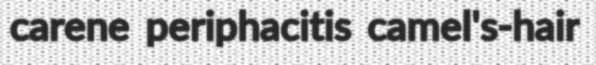
carene periphacitis camel's-hair